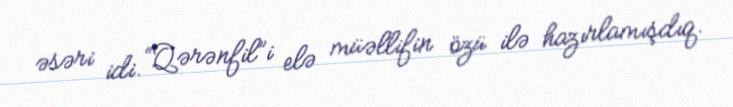
əsəri idi. “Qərənfil”i elə müəllifin özü ilə hazırlamışdıq.